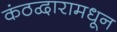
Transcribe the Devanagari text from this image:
कंठद्वारामधून